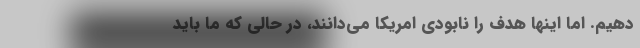
دهیم. اما اینها هدف را نابودی امریکا می‌دانند، در حالی که ما باید